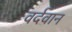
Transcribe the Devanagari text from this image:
वर्दवान